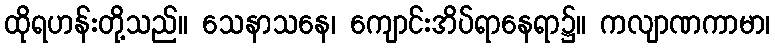
ထိုရဟန်းတို့သည်။ သေနာသနေ၊ ကျောင်းအိပ်ရာနေရာ၌။ ကလျာဏကာမာ၊